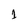
Character: 1